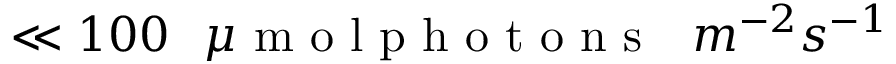
\ll 1 0 0 \phantom { x } \mu \textrm { m o l p h o t o n s } \phantom { x } m ^ { - 2 } s ^ { - 1 }